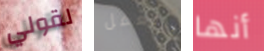
لقولي بالعمل أنها